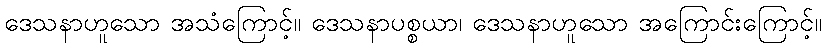
ဒေသနာဟူသော အသံကြောင့်။ ဒေသနာပစ္စယာ၊ ဒေသနာဟူသော အကြောင်းကြောင့်။